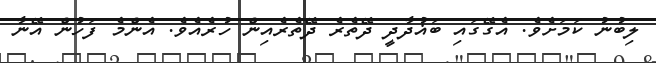
ލިބުނު ކަމަށެވެ. އެގޭގައި ބަޣުދާދީ ދޭތެރެ ދޭތެރެއިން ހުރެއެވެ. އެންމެ ފަހުން އޭނާ